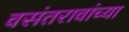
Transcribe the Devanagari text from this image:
वसंतरावांच्या